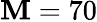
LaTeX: \mathbf{M}=70